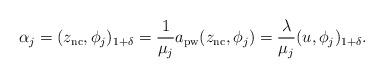
LaTeX: \begin{align*}\alpha_{j}=(z_{\mathrm{nc}},\phi_{j})_{1+\delta}=\frac{1}{\mu_{j}}a_{\mathrm{pw}}(z_{\mathrm{nc}},\phi_{{j}})=\frac{\lambda}{\mu_{j}}(u,\phi_{{j}})_{1+\delta}.\end{align*}